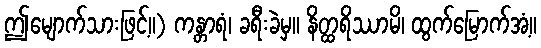
ဤမျောက်သားဖြင့်။) ကန္တာရံ၊ ခရီးခဲမှ။ နိတ္ထရိဿာမိ၊ ထွက်မြောက်အံ့။